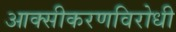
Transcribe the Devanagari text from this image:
आक्सीकरणविरोधी